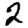
Digit: 2